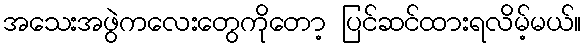
အသေးအဖွဲကလေးတွေကိုတော့ ပြင်ဆင်ထားရလိမ့်မယ်။